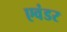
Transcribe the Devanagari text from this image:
एवंडर